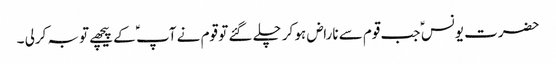
حضرت یونس ؑ جب قوم سے ناراض ہو کر چلے گئے تو قوم نے آپ ؑ کے پیچھے توبہ کرلی ۔